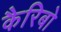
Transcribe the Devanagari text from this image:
कैरिबो